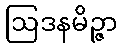
ဩဒနမိဉ္ဇာ